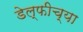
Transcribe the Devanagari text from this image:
डेल्फीच्या